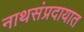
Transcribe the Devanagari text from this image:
नाथसंप्रदायात